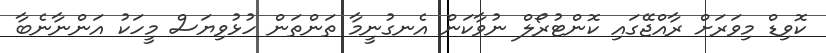
ކޮވިޑް މިވަރަށް ރާއްޖޭގައި ކޮންޓުރޯލް ނުވާކަން އެނގުނީމާ ތަންތަން ހުޅުވިޔަސް މީހަކު އަންނާނެބާ